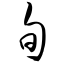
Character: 旬